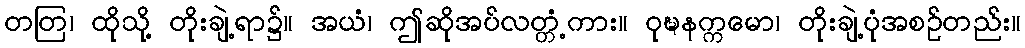
တတြ၊ ထိုသို့ တိုးချဲ့ရာ၌။ အယံ၊ ဤဆိုအပ်လတ္တံ့ကား။ ဝုဍ္ဎနက္ကမော၊ တိုးချဲ့ပုံအစဉ်တည်း။